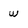
Character: W